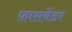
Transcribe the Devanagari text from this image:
फ़ासबेंडर